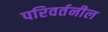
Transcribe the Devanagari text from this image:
परिवर्तनील